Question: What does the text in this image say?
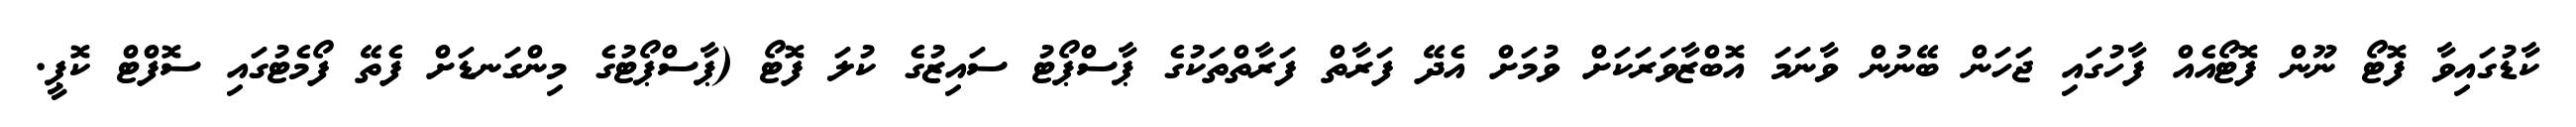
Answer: ކާޑުގައިވާ ފޮޓޯ ނޫން ފޮޓޯއެއް ފާހުގައި ޖަހަން ބޭނުން ވާނަމަ އޮބްޒާވަރަކަށް ވުމަށް އެދޭ ފަރާތް ފަރާތްތަކުގެ ޕާސްޕޯޓު ސައިޒުގެ ކުލަ ފޮޓޯ (ޕާސްޕޯޓުގެ މިންގަނޑަށް ފެތޭ ފޯމެޓުގައި ސޮފްޓް ކޮޕީ.